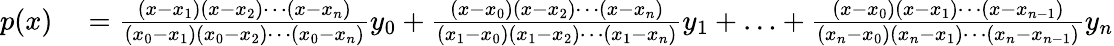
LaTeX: \begin{array}{rl}{p(x)}&{{}={\frac{(x-x_{1})(x-x_{2})\cdots(x-x_{n})}{(x_{0}-x_{1})(x_{0}-x_{2})\cdots(x_{0}-x_{n})}}y_{0}+{\frac{(x-x_{0})(x-x_{2})\cdots(x-x_{n})}{(x_{1}-x_{0})(x_{1}-x_{2})\cdots(x_{1}-x_{n})}}y_{1}+\ldots+{\frac{(x-x_{0})(x-x_{1})\cdots(x-x_{n-1})}{(x_{n}-x_{0})(x_{n}-x_{1})\cdots(x_{n}-x_{n-1})}}y_{n}}\end{array}